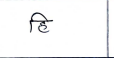
मजकूर: हि